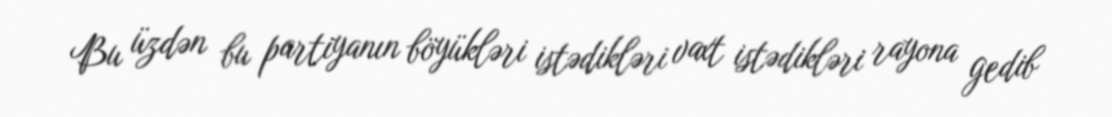
Bu üzdən bu partiyanın böyükləri istədikləri vaxt istədikləri rayona gedib